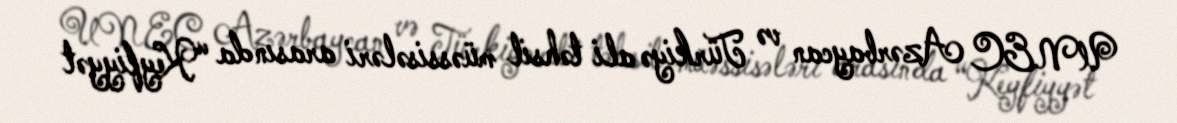
UNEC Azərbaycan və Türkiyə ali təhsil müəssisələri arasında “Keyfiyyət